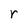
Character: r